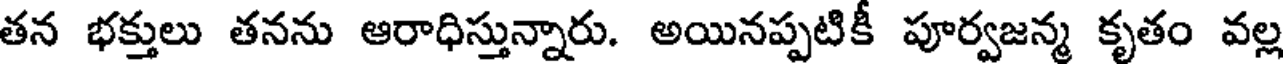
తన భక్తులు తనను ఆరాధిస్తున్నారు. అయినప్పటికీ పూర్వజన్మ కృతం వల్ల